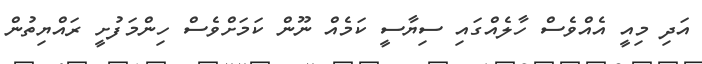
އަދި މިއީ އެއްވެސް ހާލެއްގައި ސިޔާސީ ކަމެއް ނޫން ކަމަށްވެސް ހިންމަފުށީ ރައްޔިތުން